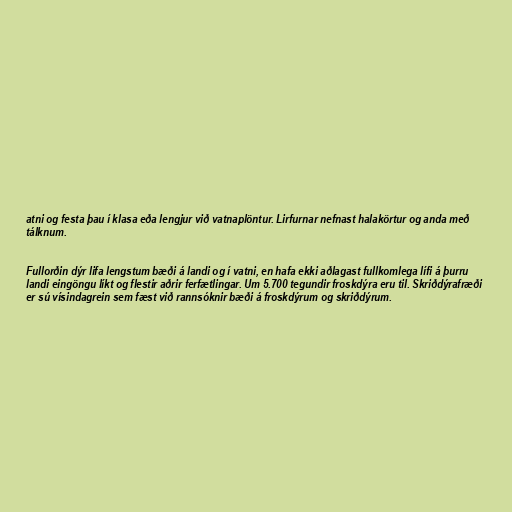
atni og festa þau í klasa eða lengjur við vatnaplöntur. Lirfurnar nefnast halakörtur og anda með
tálknum.

Fullorðin dýr lifa lengstum bæði á landi og í vatni, en hafa ekki aðlagast fullkomlega lífi á þurru
landi eingöngu líkt og flestir aðrir ferfætlingar. Um 5.700 tegundir froskdýra eru til. Skriðdýrafræði
er sú vísindagrein sem fæst við rannsóknir bæði á froskdýrum og skriðdýrum.